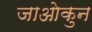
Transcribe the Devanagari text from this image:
जाओकुन